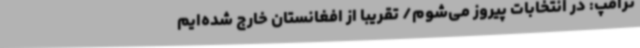
ترامپ: در انتخابات پیروز می‌شوم/ تقریبا از افغانستان خارج شده‌ایم